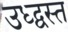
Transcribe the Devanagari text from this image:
उध्द्वस्त